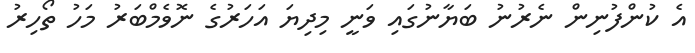
އެ ކުންފުނިން ނެރުނު ބަޔާނުގައި ވަނީ މިދިޔަ އަހަރުގެ ނޮވެމްބަރު މަހު ތޯހިރު